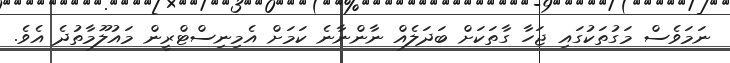
ނަމަވެސް މަގުތަކުގައި ޖަހާ ގާތަކަށް ބަދަލެއް ނާންނާނެ ކަމަށް އެމިނިސްޓްރީން މައުލޫމާތުދެ އެވެ.